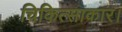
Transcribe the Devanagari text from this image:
चिकित्साकार।